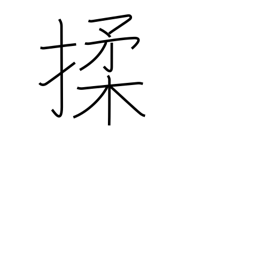
Meaning: massage